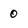
Character: 0